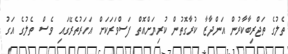
ތެލުގެ ތަޖްރިބާކާރުން އަންދާޒާ ކުރާގޮތުން ކުރިޔަށްއޮތް ފަސްވަރަކަށް އަހަރުތެރޭގައި ވެސް ތެލުގެ އަގު